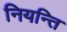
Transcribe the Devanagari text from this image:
नियन्ति